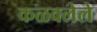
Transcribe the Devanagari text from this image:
कळवलेले